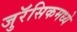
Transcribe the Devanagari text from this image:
जुरॅसिकमध्ये